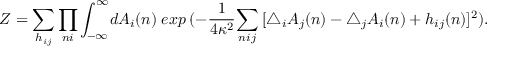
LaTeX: Z = \sum _ { h _ { i j } } \prod _ { n i } \int _ { - \infty } ^ { \infty } \! d A _ { i } ( n ) \; e x p \: ( - \frac { 1 } { 4 \kappa ^ { 2 } } { \sum _ { n i j } \: [ \bigtriangleup _ { i } A _ { j } ( n ) - \bigtriangleup _ { j } A _ { i } ( n ) + h _ { i j } ( n ) ] ^ { 2 } } ) .